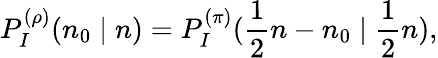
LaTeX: P_{I}^{(\rho)}(n_{0}\mid n)=P_{I}^{(\pi)}(\frac{1}{2}n-n_{0}\mid\frac{1}{2}n),